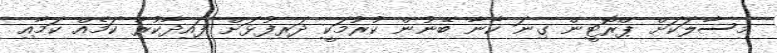
މިސާލަކަށް ޕްރޮޓީން ގިނަ ކާނާ ބޭނުން ކުރުމަކީ ދަރިފުޅަށް ފައިދާކުރާ ކަމެއް ކަމާއި